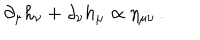
\partial _ { \mu } h _ { \nu } + \partial _ { \nu } h _ { \mu } \propto \eta _ { \mu \nu } \, .